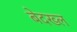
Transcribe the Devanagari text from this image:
बेदख्ल